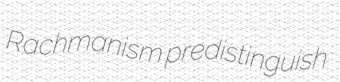
Rachmanism predistinguish